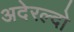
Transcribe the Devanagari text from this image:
अदेरल्दो